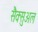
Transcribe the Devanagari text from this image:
सैक्सुअल